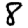
Digit: 8